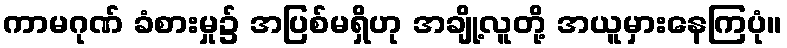
ကာမဂုဏ် ခံစားမှု၌ အပြစ်မရှိဟု အချို့လူတို့ အယူမှားနေကြပုံ။